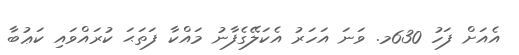
އެއަށް ފަހު 630މ. ވަނަ އަހަރު އެކަލޭގެފާނު މައްކާ ފަތަޙަ ކުރައްވައި ކަޢުބާ